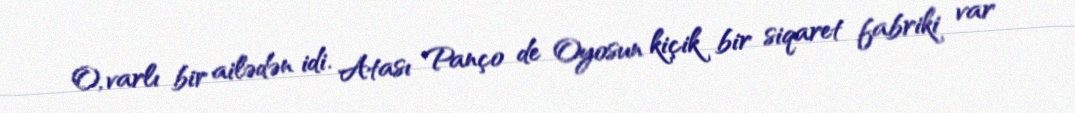
O, varlı bir ailədən idi. Atası Panço de Oyosun kiçik bir siqaret fabriki var